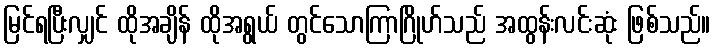
မြင်ရပြီးလျှင် ထိုအချိန် ထိုအရွယ် တွင်သောကြာဂြိုဟ်သည် အထွန်းလင်းဆုံး ဖြစ်သည်။